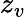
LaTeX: z_{v}